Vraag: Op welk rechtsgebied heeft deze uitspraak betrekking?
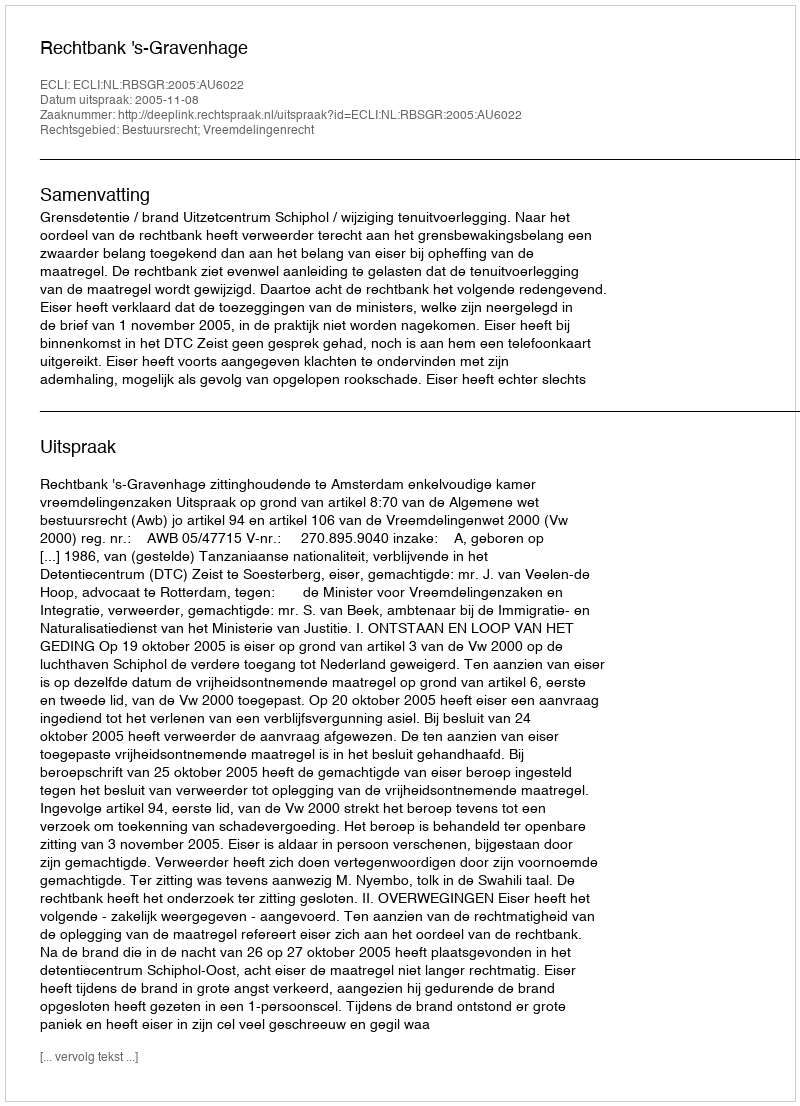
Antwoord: Bestuursrecht; Vreemdelingenrecht